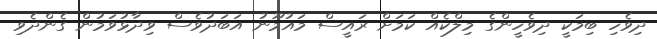
ދިވެހި ބިމަކީ ދިވެހީންގެ މިލްކެއް ކަމަށް ރައީސް މައުމޫނު އަބަދުވެސް ވިދާޅުވަމުން ގެންދެވި